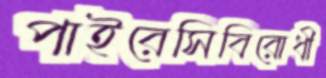
পাইরেসিবিরোধী